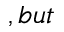
, b u t